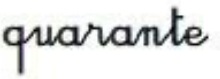
quarante